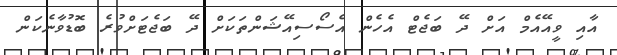
އާއި ވީއޭއެމް އަށް ދޭ ބަޖެޓް އެހެން އެސޯސިއޭޝަންތަކަށް ދޭ ބަޖެޓަށްވުރެ ބޮޑުވާނެކަން